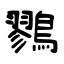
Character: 鷚